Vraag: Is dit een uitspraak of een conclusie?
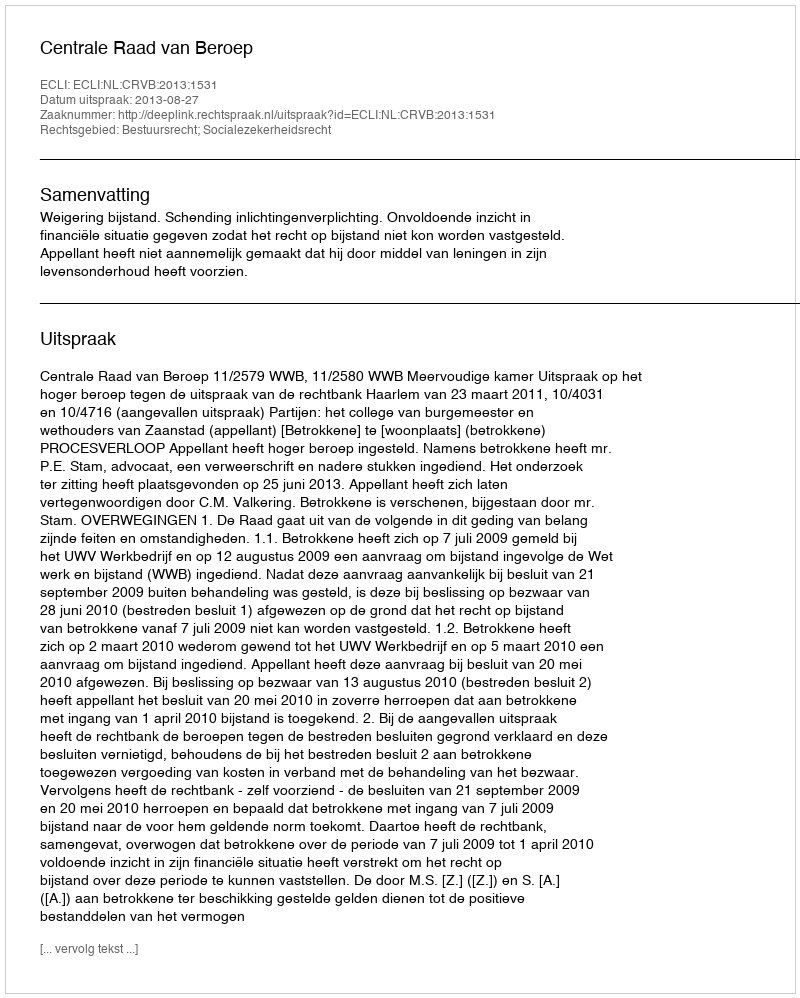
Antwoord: Uitspraak